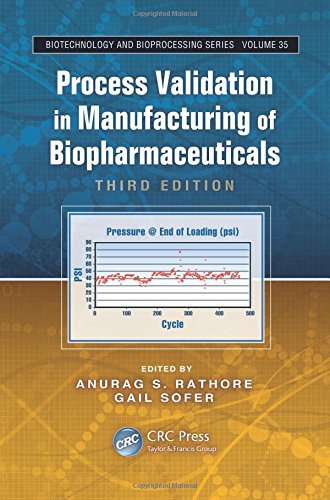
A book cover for Process Validation in Manufacturing of Biopharmaceuticals, Third Edition (Biotechnology and Bioprocessing); Science & Math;